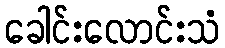
ခေါင်းလောင်းသံ